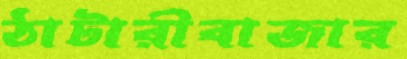
ঠাটারীবাজার